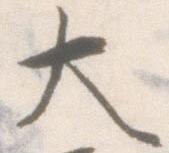
大